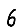
Digit: 6